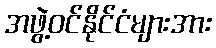
အဖွဲ့ဝင်နိုင်ငံများအား